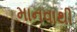
માનવાથી